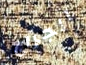
الجراج